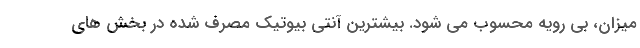
میزان، بی رویه محسوب می شود. بیشترین آنتی بیوتیک مصرف شده در بخش های